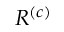
R ^ { ( c ) }